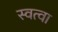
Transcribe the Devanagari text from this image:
स्वत्वा